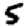
Digit: 5